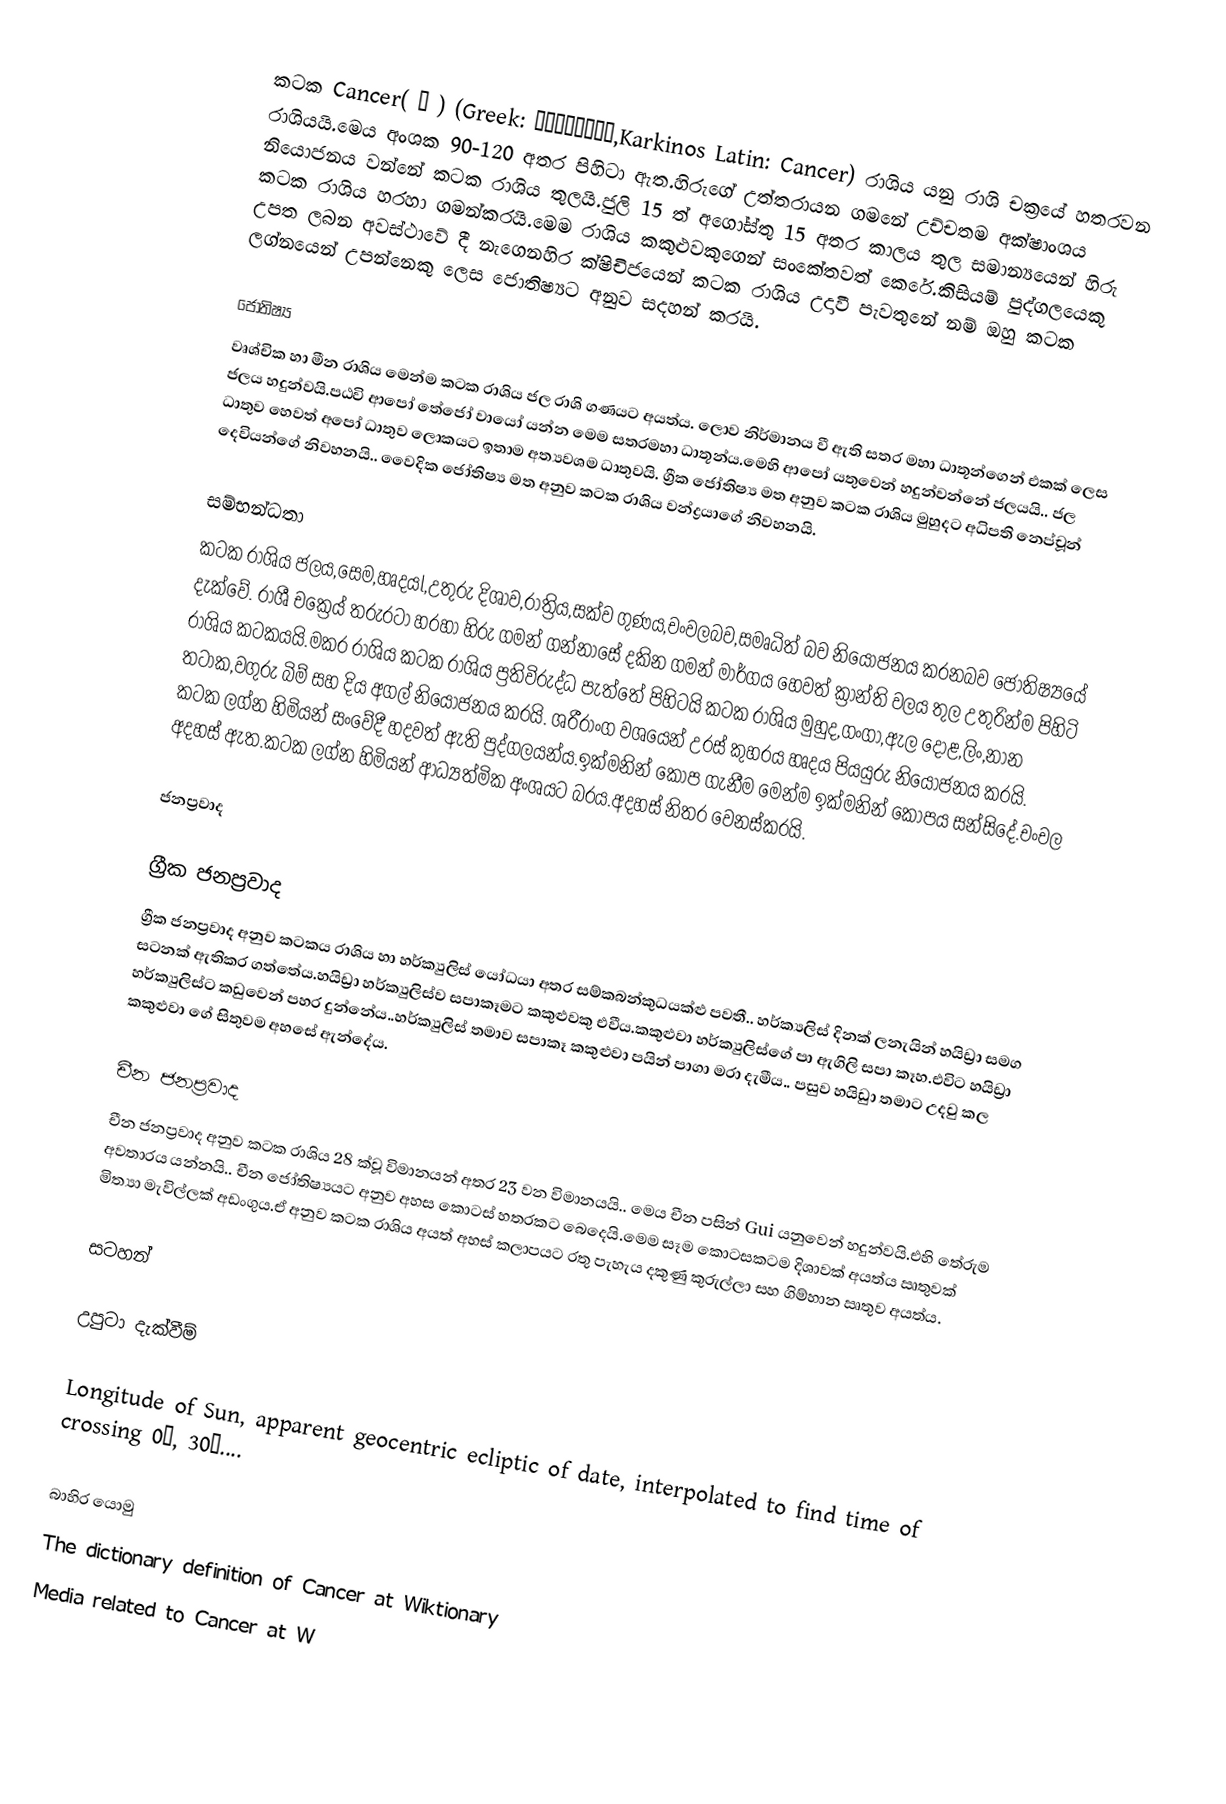
කටක Cancer( ♋️ ) (Greek: Καρκίνος,Karkinos Latin: Cancer) රාශිය යනු රාශි චක්‍රයේ හතරවන රාශියයි.මෙය අංශක 90-120 අතර පිහිටා ඇත.හිරුගේ උත්තරායන ගමනේ උච්චතම අක්ෂාංශය නියොජනය වන්නේ කටක රාශිය තුලයි.ජුලි 15 ත් අගෝස්තු 15 අතර කාලය තුල සමාන්‍යයෙන් හිරු කටක රාශිය හරහා ගමන්කරයි.මෙම රාශිය කකුළුවකුගෙන් සංකේතවත් කෙරේ.කිසියම් පුද්ගලයෙකු උපත ලබන අවස්ථාවේ දී නැගෙනහිර ක්ෂිචිජයෙන් කටක රාශිය උදාවී පැවතුනේ නම් ඔහු කටක ලග්නයෙන් උපන්නෙකු ලෙස ජොතිෂ්‍යට අනුව සදහන් කරයි.

ජොතිෂ්‍ය
වෘශ්චික හා මීන රාශිය මෙන්ම කටක රාශිය ජල රාශි ගණයට අයත්ය. ලොව නිර්මානය වී ඇති සතර මහා ධාතූන්ගෙන් එකක් ලෙස ජලය හදුන්වයි.පඨවි ආපෝ තේජෝ වායෝ යන්න මෙම සතරමහා ධාතූන්ය.මෙහි ආපෝ යතුවෙන් හදුන්වන්නේ ජලයයි.. ජල ධාතුව හෙවත් අපෝ ධාතුව ලොකයට ඉතාම අත්‍යවශම ධාතුවයි. ග්‍රීක ජෝතිෂ්‍ය මත අනුව කටක රාශිය මුහුදට අධිපති නෙප්චූන් දෙවියන්ගේ නිවහනයි.. වෛදික ජෝතිෂ්‍ය මත අනුව කටක රාශිය වන්ද්‍රයාගේ නිවහනයි.

සම්භන්ධතා
කටක රාශිය  ජලය,සෙම,හෘදයl,උතුරු දිශාව,රාත්‍රිය,සක්ව ගුණය,චංවලබව,සමෘධිත් බව නියොජනය කරනබව ජෝතිෂ්‍යයේ දැක්වේ. රාශී චක්‍රෙය් තරුරටා හරහා හිරු ගමන් ගන්නාසේ දකින ගමන් මාර්ගය හෙවත් ක්‍රාන්ති වලය තුල උතුරින්ම පිහිටි රාශිය කටකයයි.මකර රාශිය කටක රාශිය ප්‍රතිවිරුද්ධ පැත්තේ පිහිටයි කටක රාශිය මුහුද,ගංගා,ඇල දොළ,ලිං,නාන තටාක,වගුරු බිම් සහ දිය අගල් නියෝජනය කරයි. ශරීරාංග වශයෙන් උරස් කුහරය හෘදය පියයුරු නියෝජනය කරයි. කටක ලග්න හිමියන් සංවේදී හදවත් ඇති පුද්ගලයන්ය.ඉක්මනින් කෝප ගැනීම මෙන්ම ඉක්මනින් කෝපය සන්සිදේ.චංචල අදහස් ඇත.කටක ලග්න හිමියන් ආධ්‍යත්මික අංශයට බරය.අදහස් නිතර වෙනස්කරයි.

ජනප්‍රවාද

ග්‍රීක ජනප්‍රවාද
ග්‍රීක ජනප්‍රවාද අනුව කටකය රාශිය හා හර්ක්‍යුලිස් යෝධයා  අතර සම්කබන්කුධයක්ළු පවතී.. හර්ක්‍යලිස් දිනක් ලනැයින් හයිඩ්‍රා සමග සටනක් ඇතිකර ගත්තේය.හයිඩ්‍රා හර්ක්‍යුලිස්ව සපාකෑමට කකුළුවකු එවීය.කකුළුවා හර්ක්‍යුලිස්ගේ පා ඇගිලි සපා කෑහ.එවිට හයිඩ්‍රා හර්ක්‍යුලිස්ට කඩුවෙන් පහර දුන්නේය..හර්ක්‍යුලිස් තමාව සපාකෑ කකුළුවා පයින් පාගා මරා දැමීය.. පසුව හයිඩුා තමාට උදවු කල කකුළුවා ගේ සිතුවම අහසේ ඇන්දේය.

චීන ජනප්‍රවාද
චීන ජනප්‍රවාද අනුව කටක රාශිය 28 ක්වූ විමානයන් අතර 23 වන විමානයයි.. මෙය චීන පසින් Gui යනුවෙන් හදුන්වයි.එහි තේරුම අවතාරය යන්නයි.. චීන ජෝතිෂ්‍යයට අනුව අහස කොටස් හතරකට බෙදෙයි.මෙම සෑම කොටසකටම දිශාවක් අයත්ය ඍතුවක්  මිත්‍යා මැවිල්ලක් අඩංගුය.ඒ අනුව කටක රාශිය අයත් අහස් කලාපයට රතු පැහැය දකුණු කුරුල්ලා සහ ගිම්හාන ඍතුව අයත්ය.

සටහන්

උපුටා දැක්වීම්

  Longitude of Sun, apparent geocentric ecliptic of date, interpolated to find time of crossing 0°, 30°....

බාහිර යොමු
  The dictionary definition of Cancer at Wiktionary
  Media related to Cancer  at W